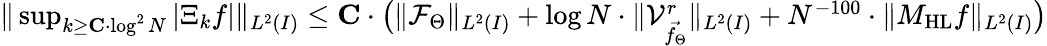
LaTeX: \begin{array}{r}{\| \operatorname*{sup}_{k\geq\mathbf{C}\cdot\log^{2}N}|\Xi_{k}f|\| _{L^{2}(I)}\leq\mathbf{C}\cdot\big(\| \mathcal{F}_{\Theta}\| _{L^{2}(I)}+\log N\cdot\| \mathcal{V}_{\vec{f_{\Theta}}}^{r}\| _{L^{2}(I)}+N^{-100}\cdot\| M_{\mathrm{HL}}f\| _{L^{2}(I)}\big)}\end{array}